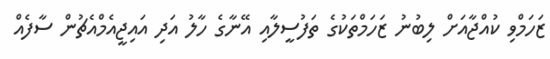
ޒަހަމްވި ކުއްޖާއަށް ލިބުނު ޒަހަމްތަކުގެ ތަފުސީލާއި އޭނާގެ ހާލު އަދި އައިޖީއެމްއެޗުން ސާފެއް